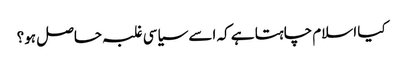
کیا اسلام چاہتا ہے کہ اسے سیاسی غلبہ حاصل ہو؟